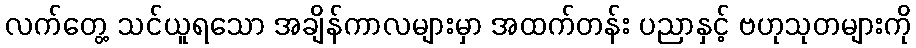
လက်တွေ့ သင်ယူရသော အချိန်ကာလများမှာ အထက်တန်း ပညာနှင့် ဗဟုသုတများကို